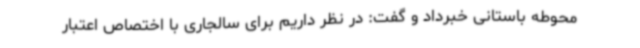
محوطه باستانی خبرداد و گفت: در نظر داریم برای سالجاری با اختصاص اعتبار